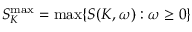
S _ { K } ^ { \operatorname* { m a x } } = \operatorname* { m a x } \{ S ( K , \omega ) : \omega \ge 0 \}